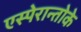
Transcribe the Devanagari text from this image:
एस्पेरान्तोके